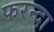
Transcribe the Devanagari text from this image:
फरन्दा